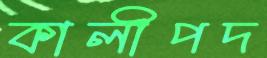
কালীপদ